Vaccine operations Central Provinces 1868-1885 - 1868-1885
Year: 1868
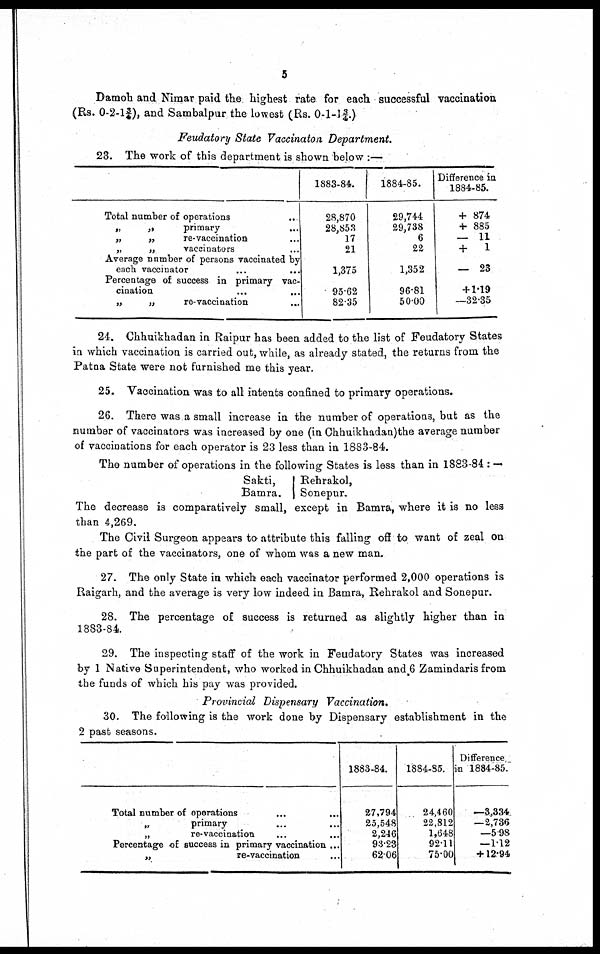
5
Damoh and Nimar paid the highest rate for each successful vaccination
(Rs. 0-2-1¾), and Sambalpur the lowest (Rs. 0-1-1¾.)
Feudatory State Vaccinaton Department.
23. The work of this department is shown below :—
Total number of operations ...
„
„
primary ...
„
„
re-vaccination
...
„
„
vaccinators ...
Average number of persons vaccinated by
each vaccinator ... ...
Percentage of success in primary vac-
cination
...
...
„
„
re-vaccination ...
1883-84.
28,870
28,853
17
21
1,375
95.62
82.35
1884-85.
29,744
29,738
6
22
1,352
96.81
50.00
Difference in
1884-85.
+ 874
+ 885
— 11
+ 1
— 23
+1.19
—32.35
24. Chhuikhadan in Raipur has been added to the list of Feudatory States
in which vaccination is carried out, while, as already stated, the returns from the
Patna State were not furnished me this year.
25. Vaccination was to all intents confined to primary operations.
26. There was a small increase in the number of operations, but as the
number of vaccinators was increased by one (in Chhuikhadan)the average number
of vaccinations for each operator is 23 less than in 1883-84.
The number of operations in the following States is less than in 1883-84 : —
Sakti,
Bamra.
Rehrakol,
Sonepur.
The decrease is comparatively small, except in Bamra, where it is no less
than 4,269.
The Civil Surgeon appears to attribute this falling off to want of zeal on
the part of the vaccinators, one of whom was a new man.
27. The only State in which each vaccinator performed 2,000 operations is
Raigarh, and the average is very low indeed in Bamra, Rehrakol and Sonepur.
28. The percentage of success is returned as slightly higher than in
1883-84.
29. The inspecting staff of the work in Feudatory States was increased
by 1 Native Superintendent, who worked in Chhuikhadan and 6 Zamindaris from
the funds of which his pay was provided.
Provincial Dispensary Vaccination.
30. The following is the work done by Dispensary establishment in the
2 past seasons.
Total number of operations ... ...
„
primary ... ...
„
re-vaccination ... ...
Percentage of success in primary vaccination ...
„
re-vaccination ...
1883-84.
27,794
25,548
2,246
93.23
62.06
1884-85.
24,460
22,812
1,648
92.11
75.00
Difference
in 1884-85
—3,334
—2,736
—5.98
—1.12
+12.94